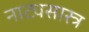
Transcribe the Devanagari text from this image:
नाट्यसास्त्र